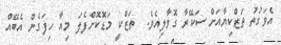
އެވަގުތު ތަޒްކިޔާއަށް ސަކޭރާ ގޮވާލިއެވެ.  ތަޒްކީ މަޑޮކޮށްފެލަ މިއާ ހިފަގެން އެބޭއް